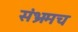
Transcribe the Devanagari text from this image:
संभ्रमच